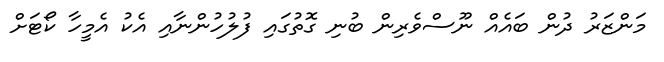
މަންޒަރު ދުން ބައެއް ނޫސްވެރިން ބުނި ގޮތުގައި ފުލުހުންނާއި އެކު އެމީހާ ކޯޓަށް